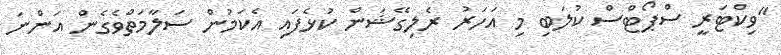
"ވިކްޓަރީ ސްޕޯޓްސް ކުލަބި މި އަހަރު ރެލިގޭޝަން ކުޅެފައި އެކަމުން ސަލާމަތްވެގެން އަންނަ